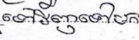
ទៅវិញទៅមក